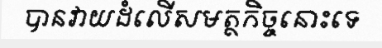
បានវាយដំលើសមត្ថកិច្ចនោះទេ